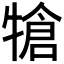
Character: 𤚬